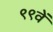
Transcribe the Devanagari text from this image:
९९वें